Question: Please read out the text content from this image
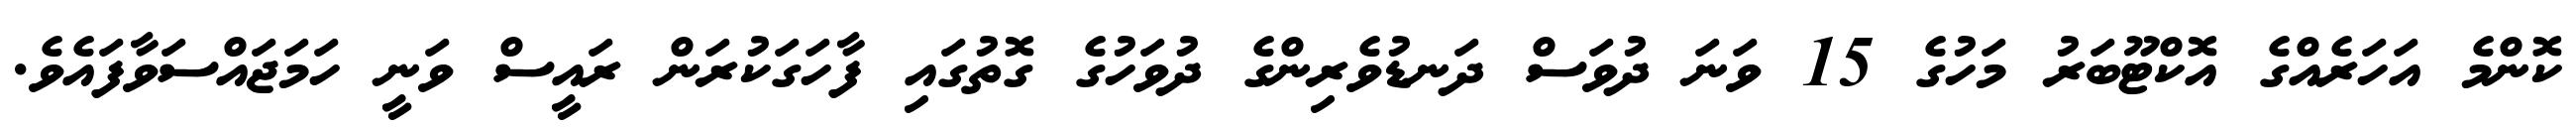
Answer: ކޮންމެ އަހަރެއްގެ އޮކްޓޫބަރު މަހުގެ 15 ވަނަ ދުވަސް ދަނޑުވެރިންގެ ދުވަހުގެ ގޮތުގައި ފާހަގަކުރަން ރައީސް ވަނީ ހަމަޖައްސަވާފައެވެ.